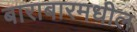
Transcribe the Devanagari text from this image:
बाराबारमधील